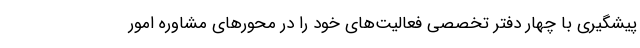
پیشگیری با چهار دفتر تخصصی فعالیت‌های خود را در محورهای مشاوره امور